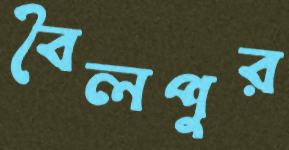
বৈলপুর